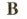
B